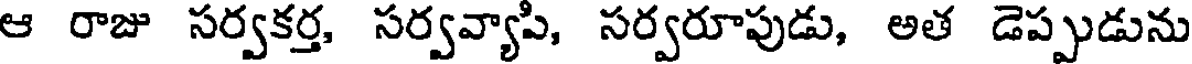
ఆ రాజు సర్వకర్త, సర్వవ్యాపి, సర్వరూపుడు, అత డెప్పుడును